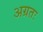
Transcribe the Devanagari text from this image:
अग्रतः